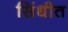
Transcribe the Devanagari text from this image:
सिंधीत